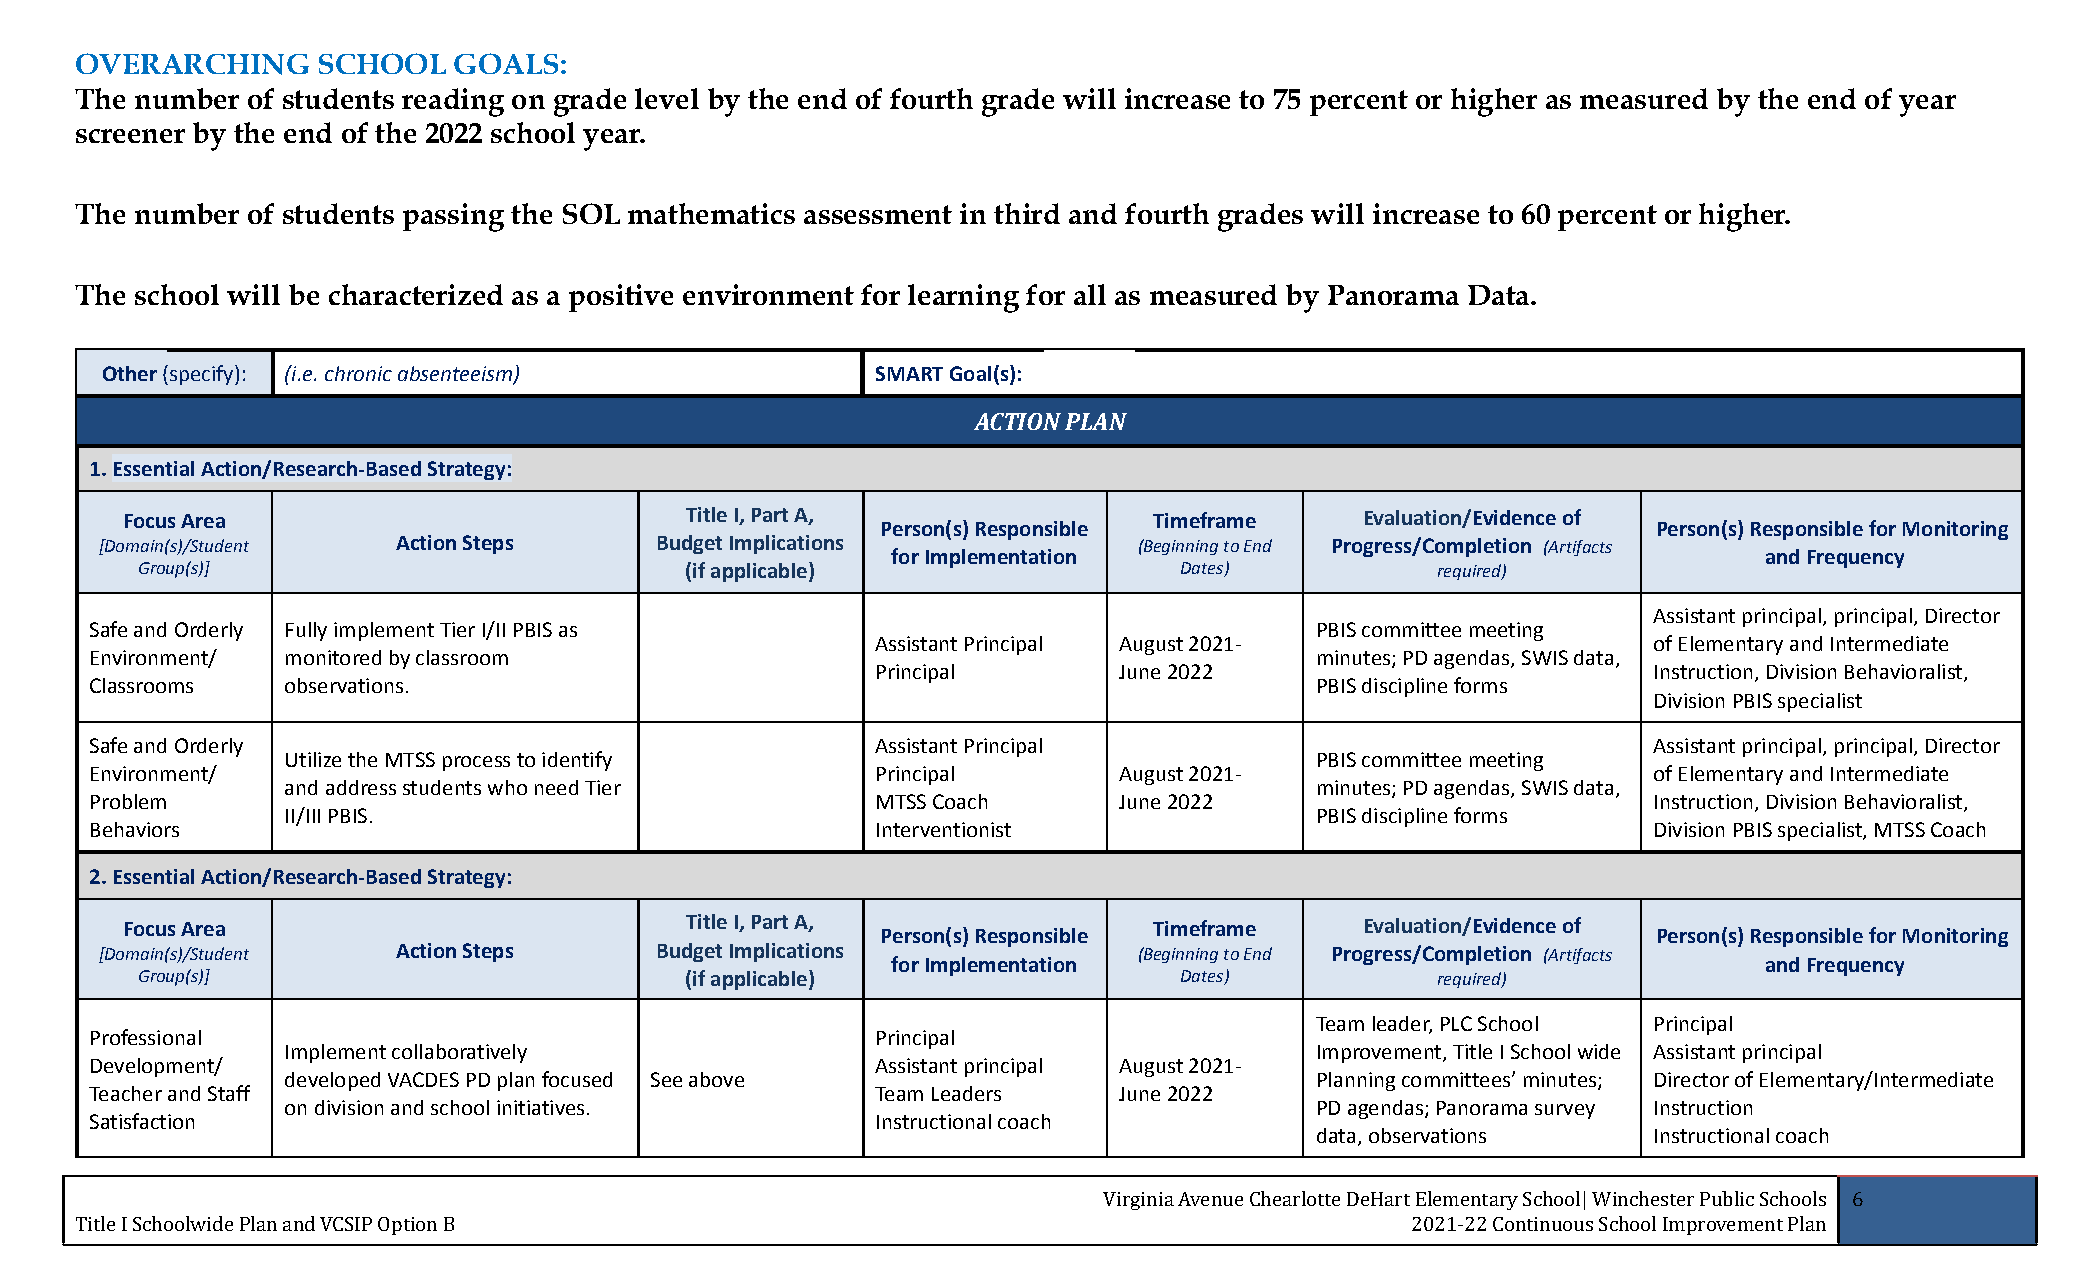
OVERARCHING     SCHOOL   GOALS:
 The number of students reading on grade level by the end of fourth grade will increase to 75 percent or higher as measured by the end of year
 screener by the end of the 2022 school year.
 The number of students passing the SOL mathematics assessment in third and fourth grades will increase to 60 percent or higher.
 The school will be characterized as a positive environment for learning for all as measured by Panorama Data.
 Other(specify): (i.e. chronic absenteeism)         SMART Goal(s):
 ACTION PLAN
 1.Essential Action/Research-Based Strategy:
 Focus Area                           Title I, Part A,               Timeframe     Evaluation/Evidence of
 Person(s) Responsible                               Person(s) Responsible for Monitoring
 [Domain(s)/Student Action Steps     Budget Implications             (Beginning to End Progress/Completion (Artifacts
 for Implementation                                        and Frequency
 Group(s)]                           (if applicable)                  Dates)           required)
 Assistant principal, principal, Director
 Safe and Orderly Fully implement Tier I/II PBIS as                               PBIS committee meeting
 Assistant Principal August 2021-                   of Elementary and Intermediate
 Environment/ monitored by classroom                                              minutes; PD agendas, SWIS data,
 Principal       June 2022                          Instruction, Division Behavioralist,
 Classrooms   observations.                                                       PBIS discipline forms
 Division PBIS specialist
 Safe and Orderly                                    Assistant Principal                                Assistant principal, principal, Director
 Utilize the MTSS process to identify                                PBIS committee meeting
 Environment/                                        Principal       August 2021-                       of Elementary and Intermediate
 and address students who need Tier                                  minutes; PD agendas, SWIS data,
 Problem                                             MTSS Coach      June 2022                          Instruction, Division Behavioralist,
 II/III PBIS.                                                        PBIS discipline forms
 Behaviors                                           Interventionist                                    Division PBIS specialist, MTSS Coach
 2. Essential Action/Research-Based Strategy:
 Focus Area                           Title I, Part A,               Timeframe     Evaluation/Evidence of
 Person(s) Responsible                               Person(s) Responsible for Monitoring
 [Domain(s)/Student Action Steps     Budget Implications             (Beginning to End Progress/Completion (Artifacts
 for Implementation                                        and Frequency
 Group(s)]                           (if applicable)                  Dates)           required)
 Team leader, PLC School Principal
 Professional                                        Principal
 Implement collaboratively                                           Improvement, Title I School wide Assistant principal
 Development/                                        Assistant principal August 2021-
 developed VACDES PD plan focused See above                          Planning committees’ minutes; Director of Elementary/Intermediate
 Teacher and Staff                                   Team Leaders    June 2022
 on division and school initiatives.                                 PD agendas; Panorama survey Instruction
 Satisfaction                                        Instructional coach
 data, observations    Instructional coach
 Virginia Avenue Chearlotte DeHart Elementary School| Winchester Public Schools 6
 Title I Schoolwide Plan and VCSIP Option B                                              2021-22 Continuous School Improvement Plan